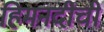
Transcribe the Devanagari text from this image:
हिमनदीची